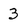
Character: 3